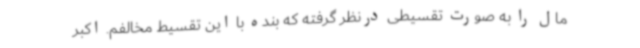
مال را به صورت تقسیطی درنظر گرفته که بنده با این تقسیط مخالفم. اکبر